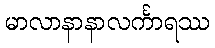
မာလာနာနာလင်္ကာရဿ